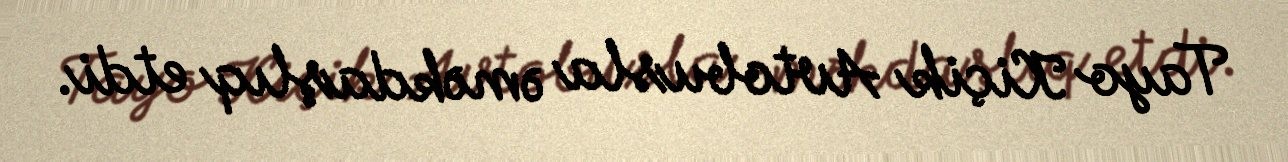
Tayo Kiçik Avtobusla əməkdaşlıq etdi.